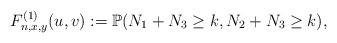
LaTeX: \begin{align*}F_{n,x,y}^{(1)}(u,v) := \mathbb{P}(N_1+N_3 \geq k, N_2 + N_3 \geq k),\end{align*}